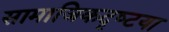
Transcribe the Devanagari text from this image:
सामाजिकदृष्‍टया